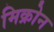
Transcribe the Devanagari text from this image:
मिक्रोन